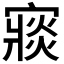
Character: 𡪶